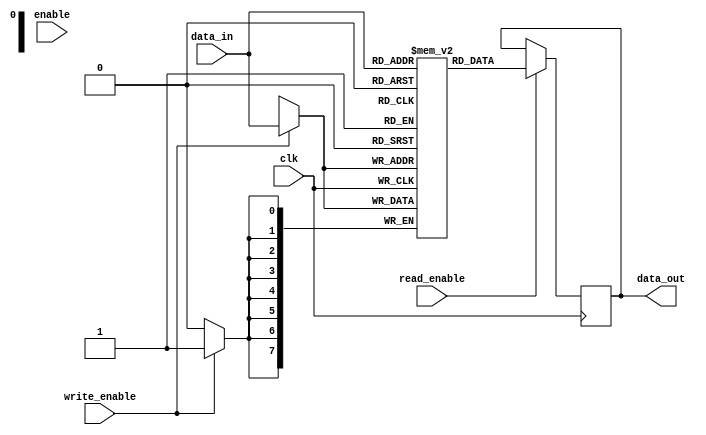
module memory_block (
    input wire clk,               // Clock signal for the memory block
    input wire enable,            // Enable signal for clock gating
    input wire [7:0] data_in,     // Data input
    output reg [7:0] data_out,    // Data output
    input wire write_enable,       // Write enable signal
    input wire read_enable         // Read enable signal
);
    reg [7:0] memory [0:255];      // Memory array (256 x 8 bits)

    always @(posedge clk) begin
        if (write_enable) begin
            memory[data_in[7:0]] <= data_in; // Write data to memory
        end
        if (read_enable) begin
            data_out <= memory[data_in[7:0]]; // Read data from memory
        end
    end
endmodule